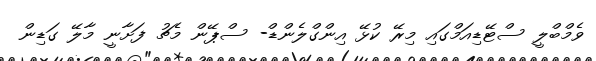
ވެމްބްލީ ސްޓޭޑިއަމްގައި މިރޭ ކުޅޭ އިންގްލެންޑް- ސްޕޭން މެޗު ފަށާނީ މާލޭ ގަޑިން